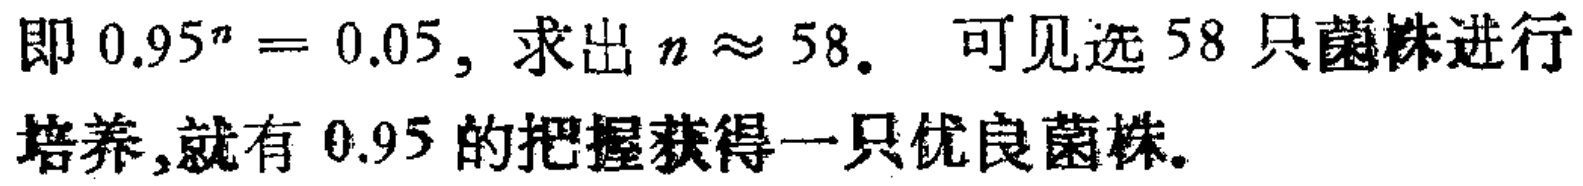
即 \(0.95^{n}=0.05\)，求出 \(n\approx 58\). 可见选 \(58\) 只菌株进行培养,就有 \(0.95\) 的把握获得一只优良菌株.